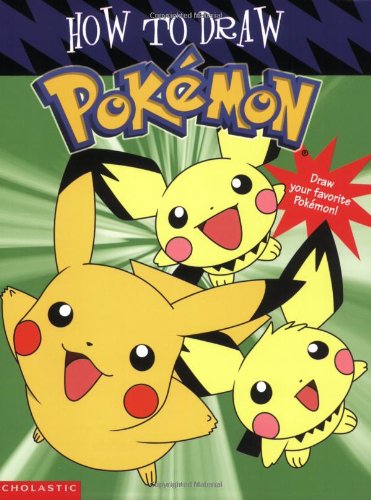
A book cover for How to Draw Pokemon; Tracey West; Children's Books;